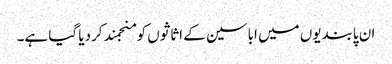
ان پابندیوں میں اباسین کے اثاثوں کو منجمند کردیا گیا ہے۔